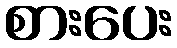
စားပေး